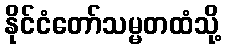
နိုင်ငံတော်သမ္မတထံသို့